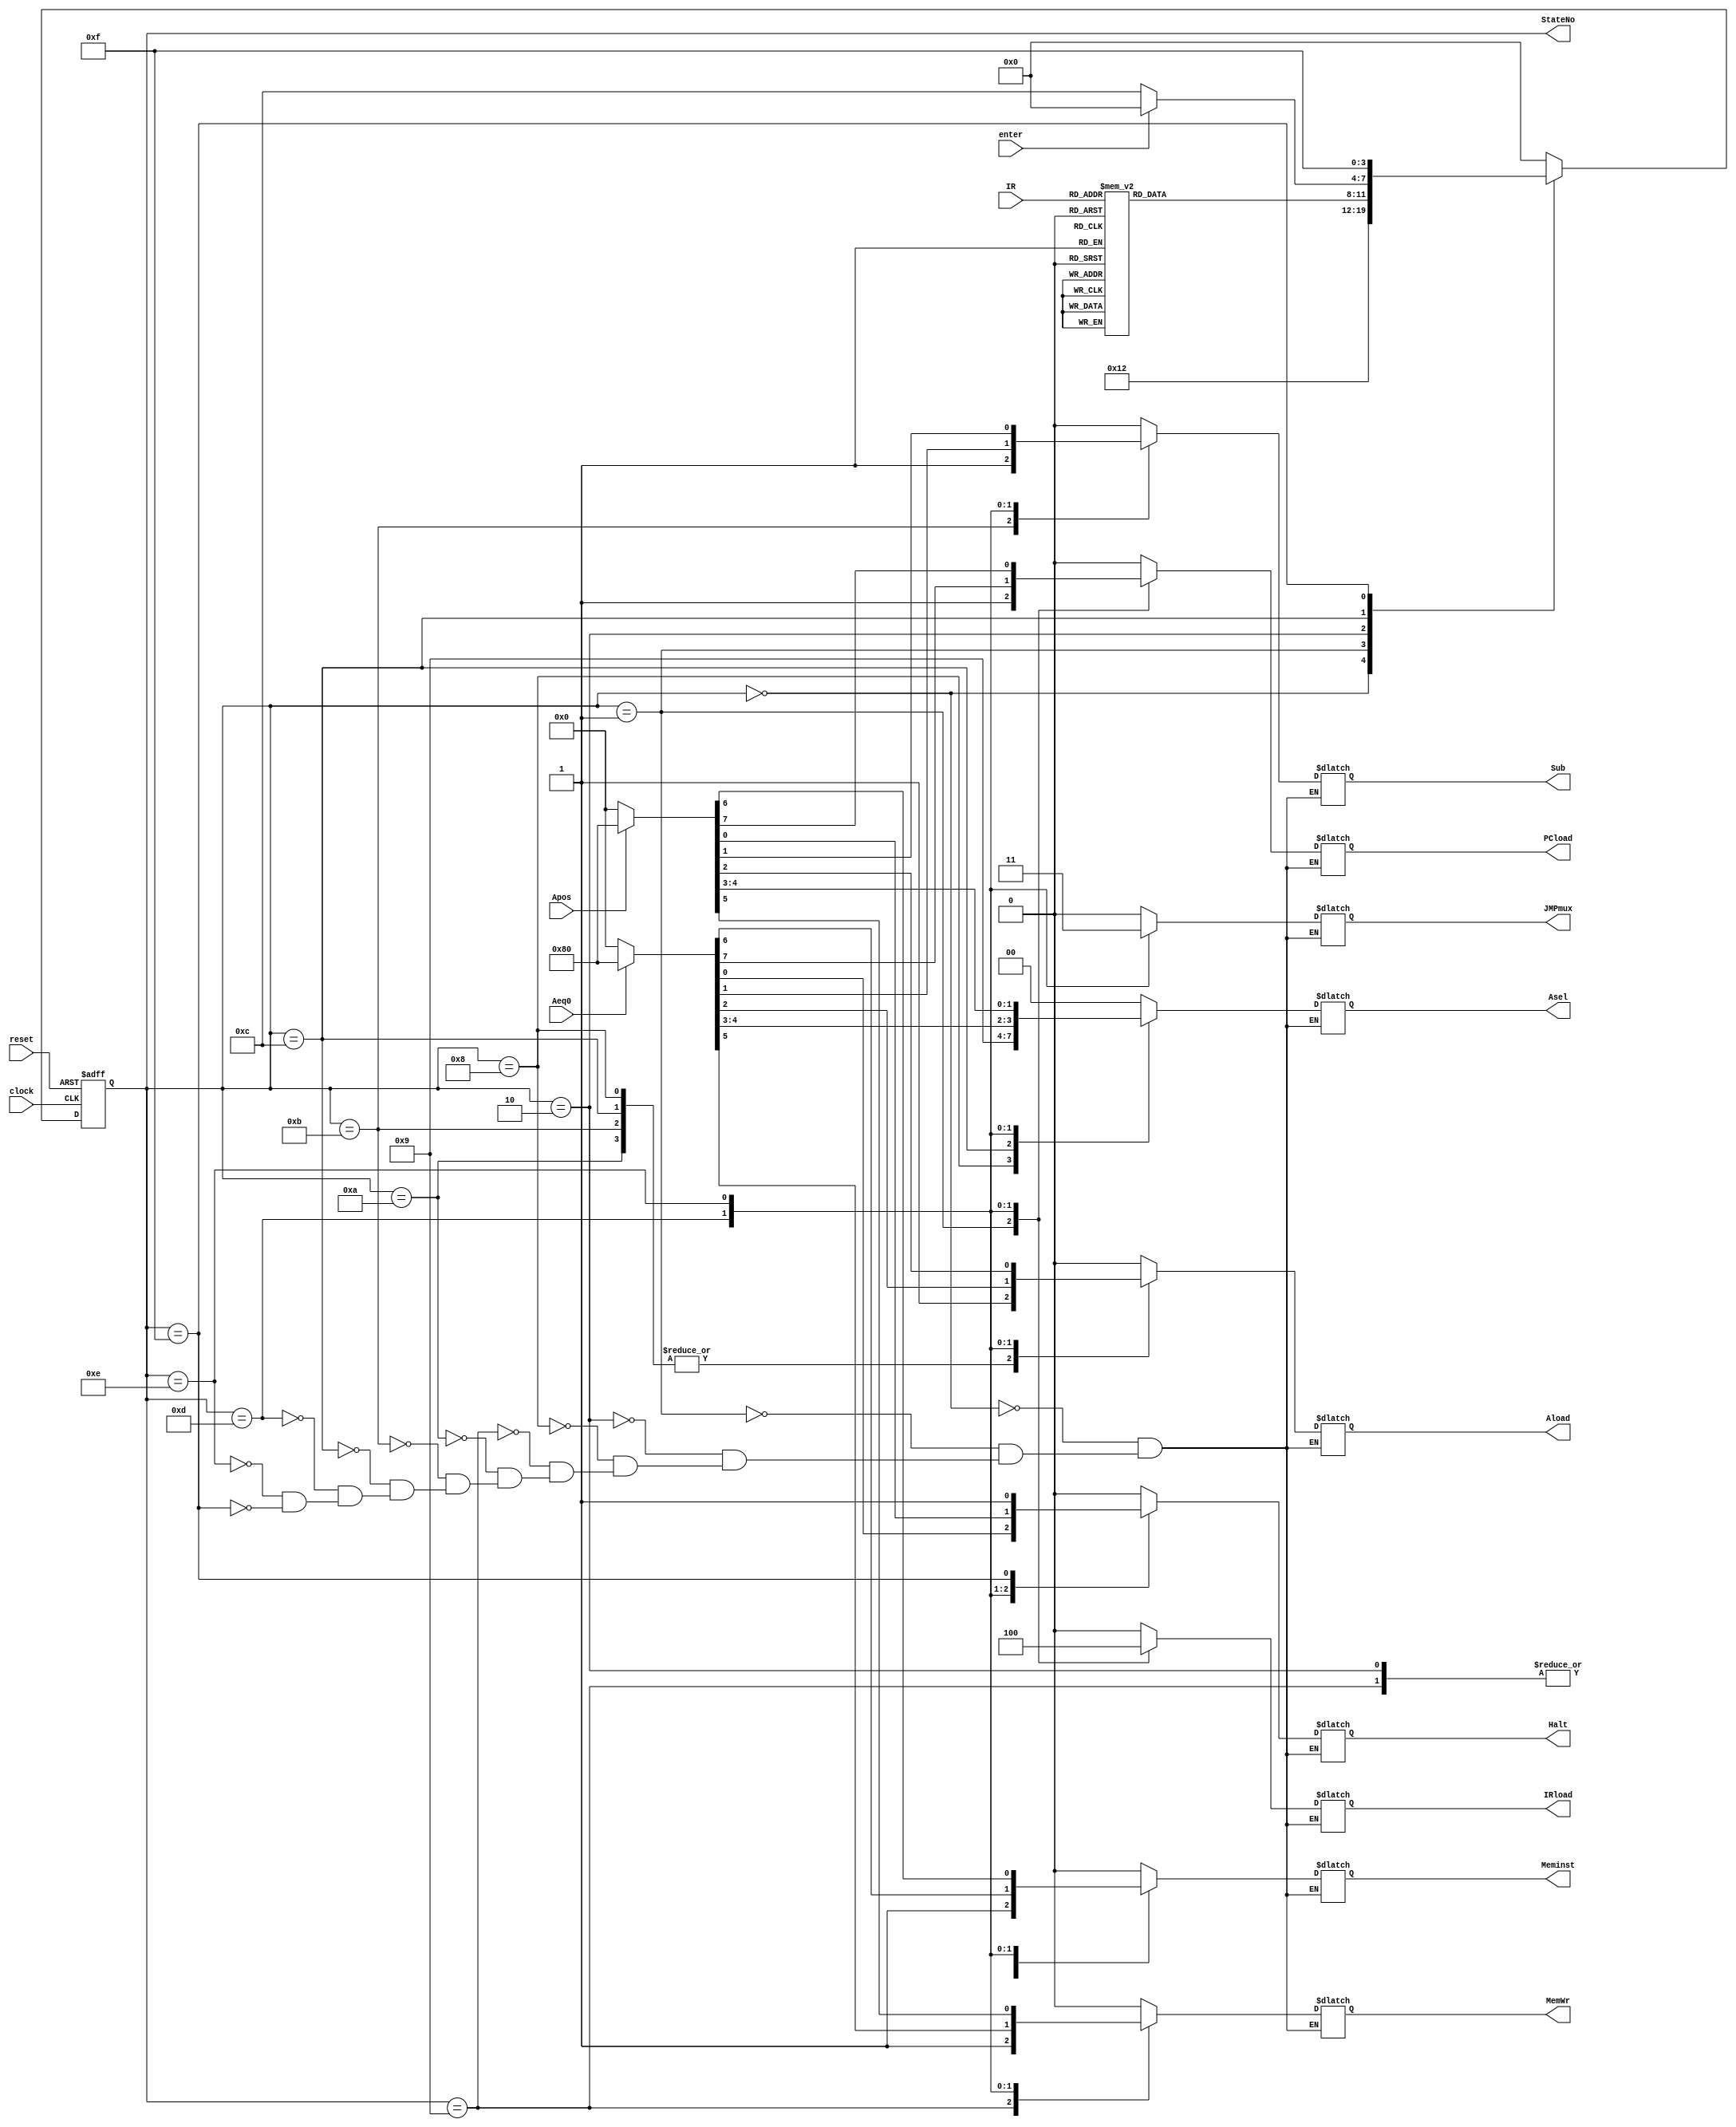
module lab_cu(
 input clock,
 input reset,enter,Aeq0,Apos,
 input [2:0]IR,
 output reg IRload,JMPmux,PCload,Meminst,MemWr,
 output reg [1:0]Asel,
 output reg Aload,Sub,Halt,
 output  [3:0]StateNo
 );

reg [3:0]state,n_state;
reg [9:0]temp;
wire clkoutput;
parameter S0=4'b0000,S1=4'b0001,S2=4'b0010,S3=4'b1000,S4=4'b1001,S5=4'b1010,S6=4'b1011,S7=4'b1100,S8=4'b1101,S9=4'b1110,S10=4'b1111;



always @ (posedge clock, negedge reset) begin
	if(reset==0) 
		state<=S0;
	else
		state<=n_state;
	end
	
always@(state,enter)
	case(state)
	S0:begin
		{IRload,JMPmux,PCload,Meminst,MemWr,Asel,Aload,Sub,Halt}=10'b0000000000;
		n_state=S1;
		end
	S1:begin
		{IRload,JMPmux,PCload,Meminst,MemWr,Asel,Aload,Sub,Halt}=10'b1010000000;
		n_state=S2;
		end
	S2:begin
		{IRload,JMPmux,PCload,Meminst,MemWr,Asel,Aload,Sub,Halt}=10'b0001000000;
		case(IR)
		3'b000:n_state=S3;
		3'b001:n_state=S4;
		3'b010:n_state=S5;
		3'b011:n_state=S6;
		3'b100:n_state=S7;
		3'b101:n_state=S8;
		3'b110:n_state=S9;
		3'b111:n_state=S10;
		endcase
		end
	S3:begin
		{IRload,JMPmux,PCload,Meminst,MemWr,Asel,Aload,Sub,Halt}=10'b0000010100;
		n_state=S0;
		end
	S4:begin
		{IRload,JMPmux,PCload,Meminst,MemWr,Asel,Aload,Sub,Halt}=10'b0001100000;
		n_state=S0;
		end
	S5:begin
		{IRload,JMPmux,PCload,Meminst,MemWr,Asel,Aload,Sub,Halt}=10'b0000000100;
		n_state=S0;
		end
	S6:begin
		{IRload,JMPmux,PCload,Meminst,MemWr,Asel,Aload,Sub,Halt}=10'b0000000110;
		n_state=S0;
		end
	S7:begin
		{IRload,JMPmux,PCload,Meminst,MemWr,Asel,Aload,Sub,Halt}=10'b0000001100;
		if(enter==1)
			n_state=S0;
		else
			n_state=S7;
		end
	S8:begin
		if(Aeq0==0)
		{IRload,JMPmux,PCload,Meminst,MemWr,Asel,Aload,Sub,Halt}=10'b0100000000;
		else
		{IRload,JMPmux,PCload,Meminst,MemWr,Asel,Aload,Sub,Halt}=10'b0110000000;
		n_state=S0;
		end
	S9:begin
		if(Apos==0)
		{IRload,JMPmux,PCload,Meminst,MemWr,Asel,Aload,Sub,Halt}=10'b0100000000;
		else
		{IRload,JMPmux,PCload,Meminst,MemWr,Asel,Aload,Sub,Halt}=10'b0110000000;
		n_state=S0;
		end
	S10:begin
		{IRload,JMPmux,PCload,Meminst,MemWr,Asel,Aload,Sub,Halt}=10'b0000000001;
		n_state=S10;
		end
	default:n_state=S0;
	endcase
	
 assign StateNo=state;
endmodule